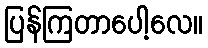
ပြန်ကြတာပေါ့လေ။